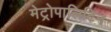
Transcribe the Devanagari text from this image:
मेट्रोपालिटिन